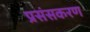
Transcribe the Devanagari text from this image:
प्रसंसकरण